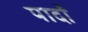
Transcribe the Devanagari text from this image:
पार्दो